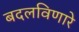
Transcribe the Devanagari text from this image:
बदलविणारे